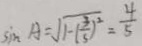
\sin A = \sqrt { 1 - ( \frac { 3 } { 5 } ) ^ { 2 } } = \frac { 4 } { 5 }